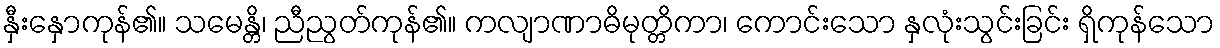
နှီးနှောကုန်၏။ သမေန္တိ၊ ညီညွတ်ကုန်၏။ ကလျာဏာဓိမုတ္တိကာ၊ ကောင်းသော နှလုံးသွင်းခြင်း ရှိကုန်သော